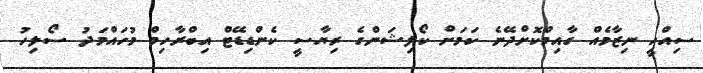
ސިއްހީ ނިޒާމެއް ގާއިމްކޮށްދޭނެ ކަމަށް ކޯލިޝަންގެ ރިޔާސީ ކެންޑިޑޭޓް އިބްރާހިމް މުހައްމަދު ސޯލިހު